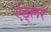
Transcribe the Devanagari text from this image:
ऍड्लर